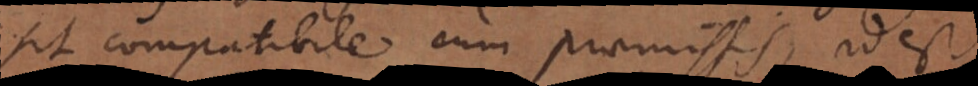
sit compatibile cum praemissis, id est